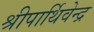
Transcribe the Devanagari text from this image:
श्रीपार्थिवेन्द्र